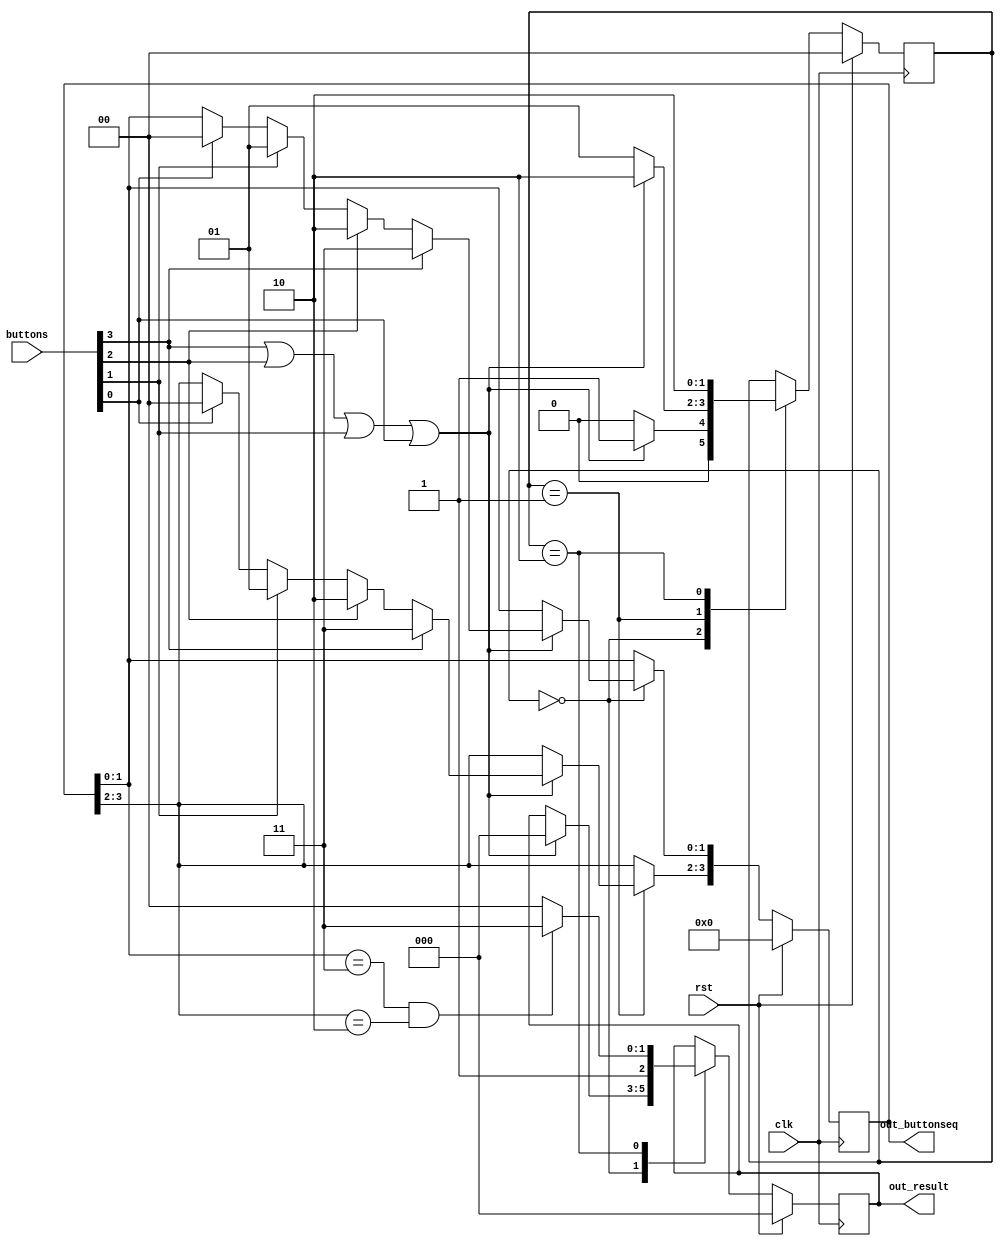
/*
   This file was generated automatically by Alchitry Labs version 1.2.1.
   Do not edit this file directly. Instead edit the original Lucid source.
   This is a temporary file and any changes made to it will be destroyed.
*/

module sequence_checker_2 (
    input [3:0] buttons,
    input clk,
    input rst,
    output reg [2:0] out_result,
    output reg [3:0] out_buttonseq
  );
  
  
  
  reg [3:0] M_sequence_d, M_sequence_q = 1'h0;
  
  reg [2:0] M_result_d, M_result_q = 1'h0;
  
  localparam MATCH = 4'hb;
  
  
  localparam WAITFIRSTPRESS_check = 2'd0;
  localparam WAITSECONDPRESS_check = 2'd1;
  localparam CHECKPRESS_check = 2'd2;
  
  reg [1:0] M_check_d, M_check_q = WAITFIRSTPRESS_check;
  
  always @* begin
    M_check_d = M_check_q;
    M_result_d = M_result_q;
    M_sequence_d = M_sequence_q;
    
    
    case (M_check_q)
      WAITFIRSTPRESS_check: begin
        if (buttons[3+0-:1] | buttons[2+0-:1] | buttons[1+0-:1] | buttons[0+0-:1]) begin
          if (buttons[3+0-:1]) begin
            M_sequence_d[0+1-:2] = 2'h3;
          end else begin
            if (buttons[2+0-:1]) begin
              M_sequence_d[0+1-:2] = 2'h2;
            end else begin
              if (buttons[1+0-:1]) begin
                M_sequence_d[0+1-:2] = 2'h1;
              end else begin
                if (buttons[0+0-:1]) begin
                  M_sequence_d[0+1-:2] = 2'h0;
                end
              end
            end
          end
          M_check_d = WAITSECONDPRESS_check;
          M_result_d = 3'h0;
        end else begin
          M_check_d = WAITFIRSTPRESS_check;
        end
      end
      WAITSECONDPRESS_check: begin
        if (buttons[3+0-:1] | buttons[2+0-:1] | buttons[1+0-:1] | buttons[0+0-:1]) begin
          if (buttons[3+0-:1]) begin
            M_sequence_d[2+1-:2] = 2'h3;
          end else begin
            if (buttons[2+0-:1]) begin
              M_sequence_d[2+1-:2] = 2'h2;
            end else begin
              if (buttons[1+0-:1]) begin
                M_sequence_d[2+1-:2] = 2'h1;
              end else begin
                if (buttons[0+0-:1]) begin
                  M_sequence_d[2+1-:2] = 2'h0;
                end
              end
            end
          end
          M_check_d = CHECKPRESS_check;
        end else begin
          M_check_d = WAITSECONDPRESS_check;
        end
      end
      CHECKPRESS_check: begin
        if (M_sequence_q[0+1-:2] == 2'h3 && M_sequence_q[2+1-:2] == 2'h2) begin
          M_result_d = 3'h7;
        end else begin
          M_result_d = 3'h4;
        end
        M_check_d = CHECKPRESS_check;
      end
    endcase
    out_result = M_result_q;
    out_buttonseq = M_sequence_q;
  end
  
  always @(posedge clk) begin
    if (rst == 1'b1) begin
      M_result_q <= 1'h0;
    end else begin
      M_result_q <= M_result_d;
    end
  end
  
  
  always @(posedge clk) begin
    if (rst == 1'b1) begin
      M_check_q <= 1'h0;
    end else begin
      M_check_q <= M_check_d;
    end
  end
  
  
  always @(posedge clk) begin
    if (rst == 1'b1) begin
      M_sequence_q <= 1'h0;
    end else begin
      M_sequence_q <= M_sequence_d;
    end
  end
  
endmodule